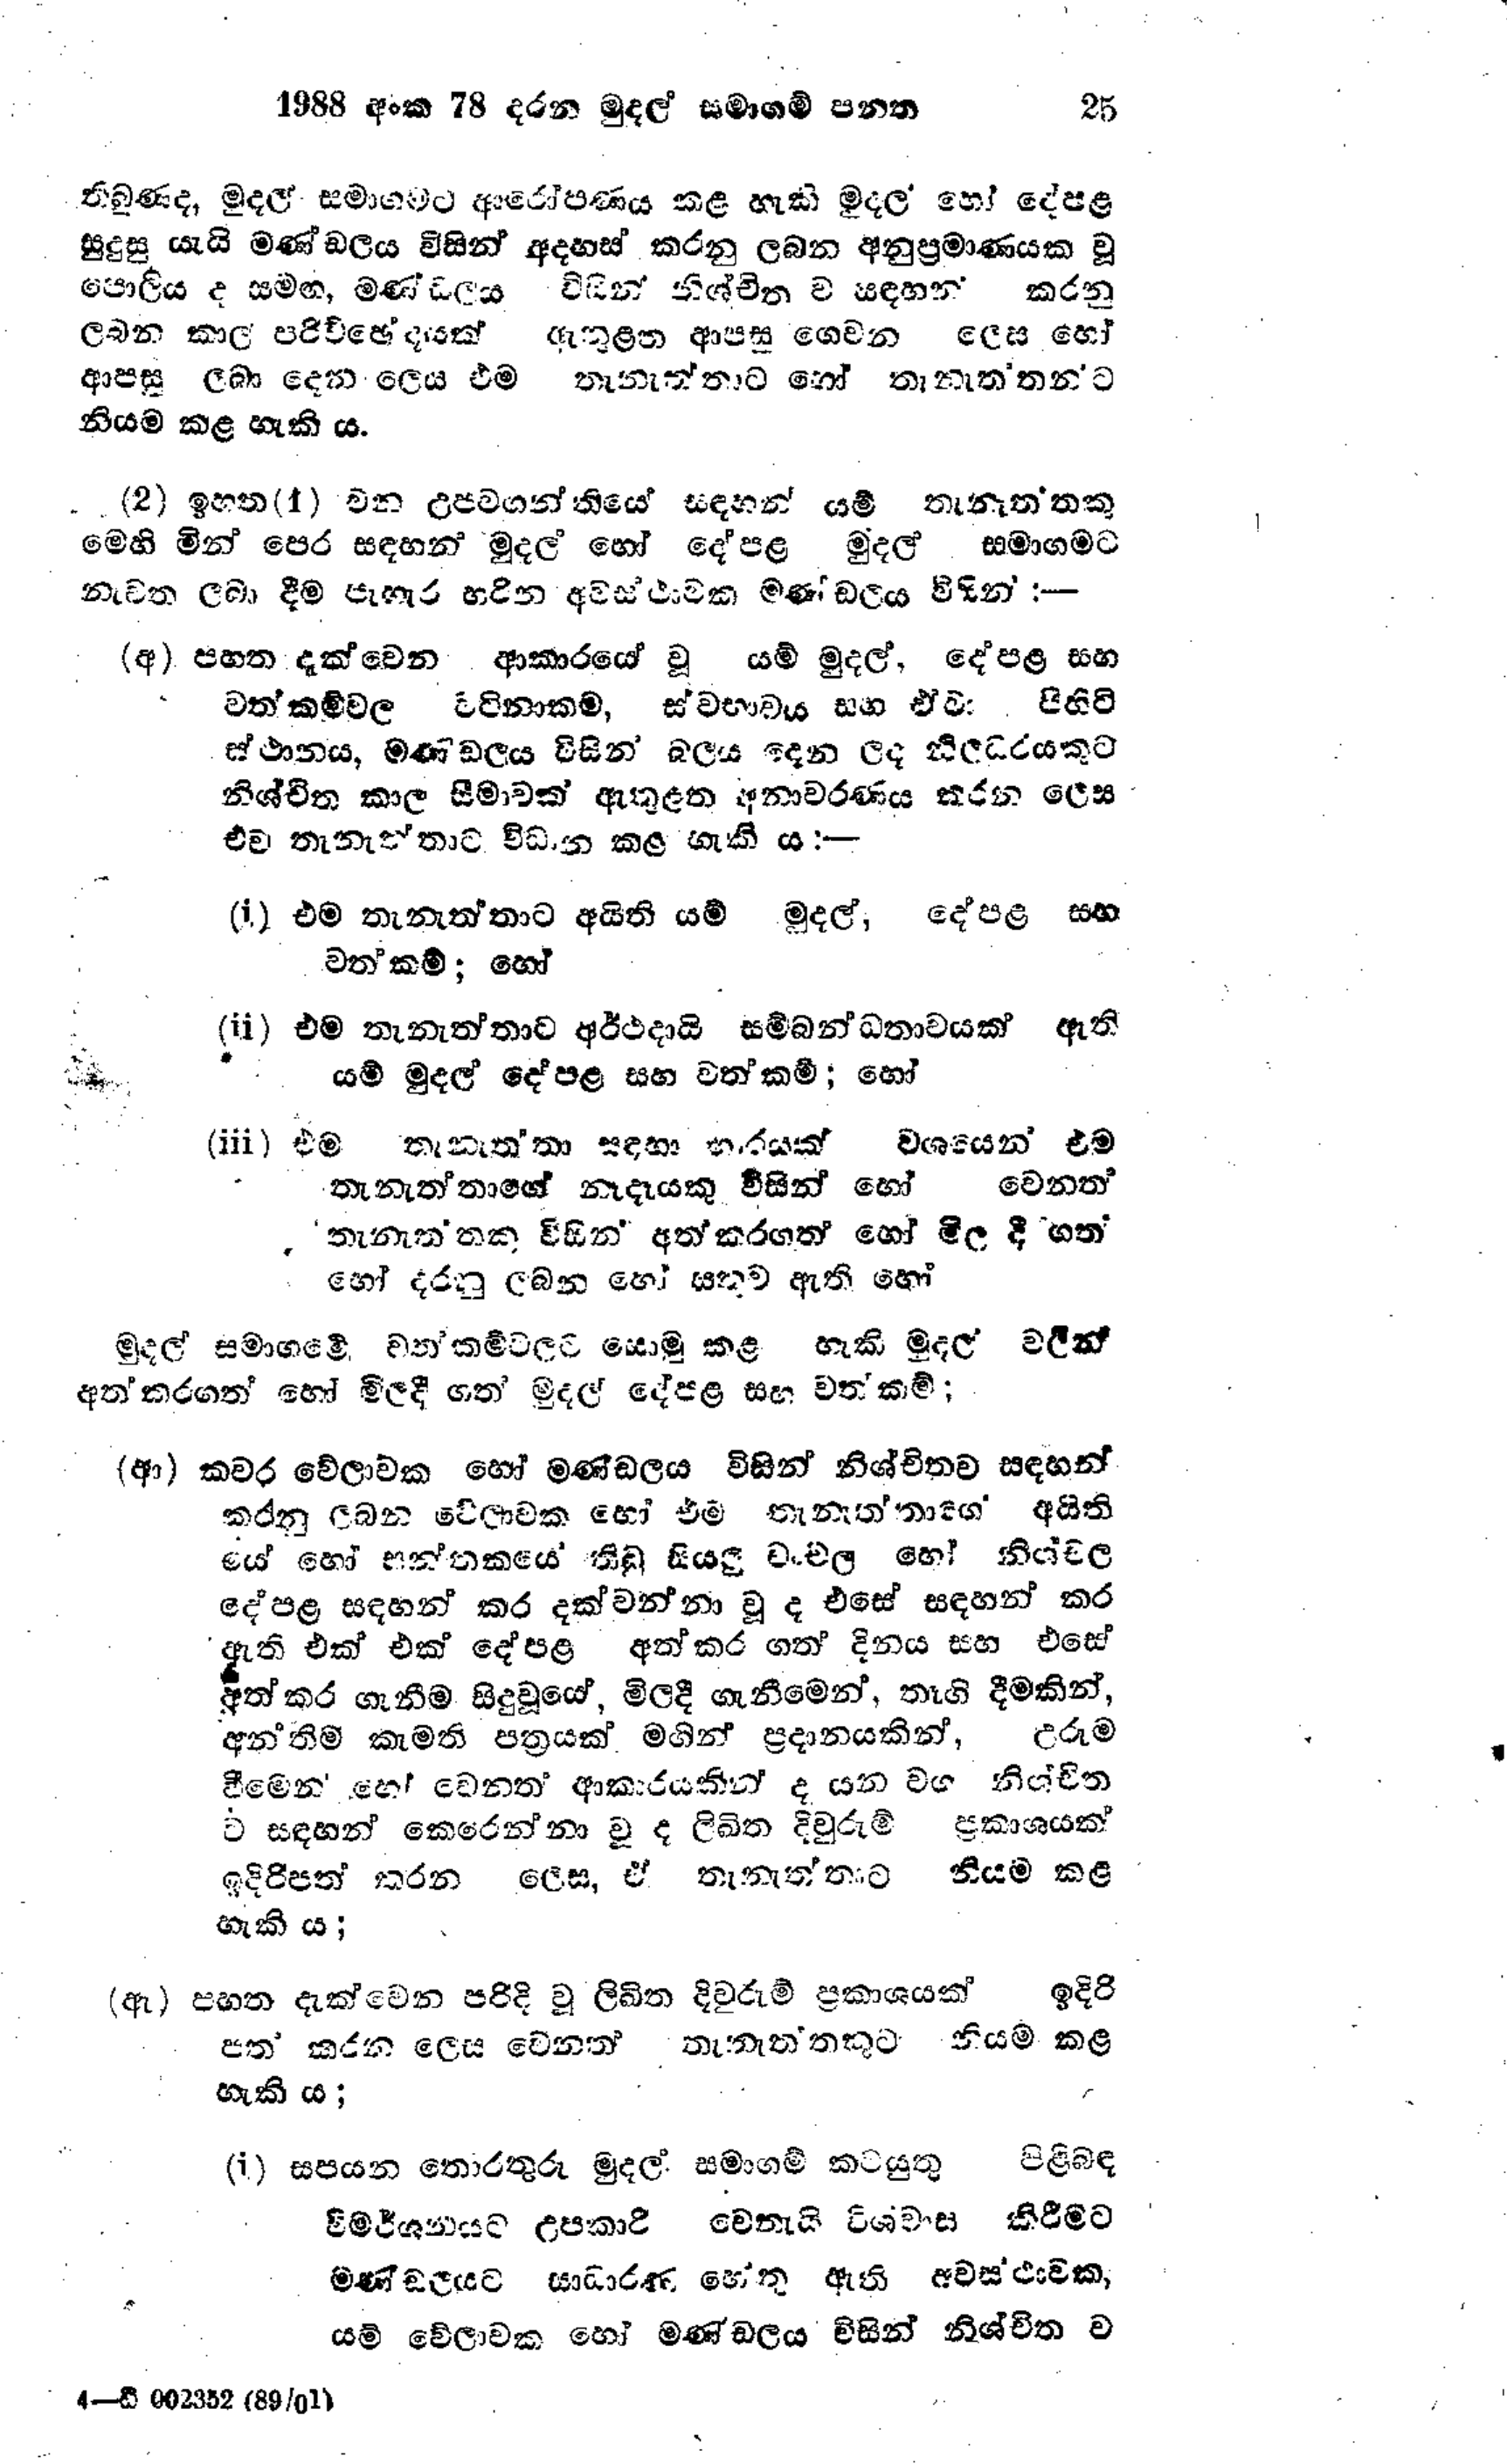
1988 අංක 78 දරන මුදල් සමාගම් පනත 25

තිබුණද, මුදල් සමාගමට ආරෝපණය කළ හැකි මුදල හෝ දේපළ
සුදුසු යැයි මණ්ඩලය විසින් අදහස් කරනු ලබන අනුප්‍රමාණයක වූ
පොලිය ද සමග, මණ්ඩලය විසින් නිශ්චිතව සඳහන් කරනු
ලබන කාල පරිච්ඡේදයක් ඇතුළත ආපසු ගෙවන ලෙස හෝ
ආපසු ලබා දෙන ලෙස එම තැනැත්තාට හෝ තැනැත්තාන්ට
නියම කළ හැකි ය.

(2) ඉහත (1) වන උපවගන්තියේ සඳහන් යම් තැනැත්තකු
මෙහි මින් පෙර සඳහන් මුදල් හෝ දේපළ මුදල් සමාගමට
නැවත ලබා දීම පැර හරින අවස්ථාවක මණ්ඩලය විසින්:-

(අ) පහත දැක්වෙන ආකාරයේ වූ යම් මුදල්, දේපළ සහ
වත්කම්වල වටිනාකම, ස්වභාවය සහ ඒවා පිහිටි
ස්ථානය, මණඩලය විසින් බලය දෙන ලද නිලධරයකුට
නිශ්චිත කාල සීමාවක් ඇතුළත අනාවරණය කරන ලෙස
එම තැනැත්තාට විධාන කළ හැකි ය :-

(i) එම තැනැත්තාට අයිති යම් මුදල්, දේපළ සහ
වත්කම්; හෝ

(ii) එම තැනැත්තාට අර්ථදායි සම්බන්ධතාවයක් ඇති
යම් මුදල් දේපළ සහ වත්කම්; හෝ

(iii) එම තැනැතතා සඳහා භාරයක් වශයෙන් එම
තැනැත්තාගේ නෑදෑයකු විසින් හෝ වෙනත්
තැනැතතකු විසින් අත්කරගත් හෝ මිල දී ගත්
හෝ දරනු ලබන හෝ සතුව ඇති හෝ

මුදල් සමාගමේ වන කර්ම වලට යොමු කළ හැකි මුදල් වලින්
අත් කරගත් හෝ මිලදී ගත මුදල් දේපළ සහ වත්කම්;

(ආ) කවර වේලාවක හෝ මණ්ඩලය විසින් නිශ්චිතව සඳහන්
කරනු ලබන වේලාවක හෝ එම තැනැත්තාගේ අයිති
යේ හෝ සන්තකයේ තිබු සියලු චංචල හෝ නිශ්චල
දේපළ සඳහන් කර දක්වන්නා වූ ද එසේ සඳහන් කර
ඇති එක් එක් දේපළ අත්කර ගත් දිනය සහ එසේ
අත්කර ගැනීම සිදු වූයේ, මිලදී ගැනීමෙන්, තෑගි දීමකින්,
අන්තිම කැමති පත්‍රයක් මගින් ප්‍රදානයකින්,උරුම
වීමෙන් හෝ වෙනත් ආකාරයකින් ද යන වග නිශ්චිත
ව සඳහන් කෙරෙන්නා වූ ද ලිඛිත දිවුරුම් ප්‍රකාශයක්
ඉදිරිපත් කරන ලෙස, ඒ තැනැත්තාට නියම කළ
හැකි ය;

(ඇ) පහත දැක්වෙන පරිදි වු ලිඛිත දිවුරුම් ප්‍රකාශයක් ඉදිරි
පත කරන ලෙස වෙනත තැනැත්තකුට නියම කළ
හැකි ය;

(i) සපයන තොරතුරු මුදල් සමාගම් කටයුතු පිළිබඳ
විමර්දනයට උපකාරි වෙතැයි විශ්වාස කිරීමට
මණ්ඩලයට සාධාරණ හේතු ඇති අවසථාවක,
යම් වේලාවක හෝ මණ්ඩලය විසින් නිශ්චිත ව

4-ඩි 002352 (89/01)